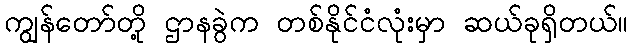
ကျွန်တော်တို့ ဌာနခွဲက တစ်နိုင်ငံလုံးမှာ ဆယ်ခုရှိတယ်။